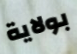
بولاية